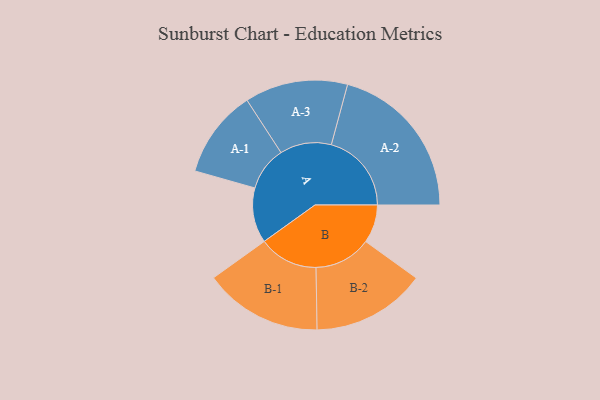
{"axis": {"x": "Segment", "y": "Value"}, "legend": ["", "A", "B"], "data": [{"x": "A", "y": 200, "type": ""}, {"x": "B", "y": 139, "type": ""}, {"x": "A-1", "y": 160, "type": "A"}, {"x": "A-2", "y": 291, "type": "A"}, {"x": "A-3", "y": 187, "type": "A"}, {"x": "B-1", "y": 215, "type": "B"}, {"x": "B-2", "y": 207, "type": "B"}]}